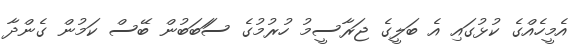
އެމީހެއްގެ ކުޅުގައި އެ ބަލީގެ ޖަރާސީމު ހުރުމުގެ ސަަބަބުން ބޭސް ކަމުން ގެންދާ